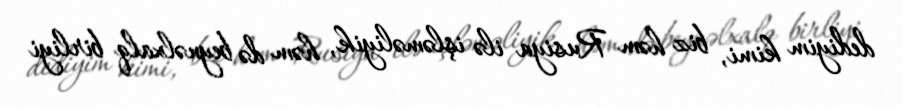
dediyim kimi, biz həm Rusiya ilə işləməliyik, həm də beynəlxalq birliyi